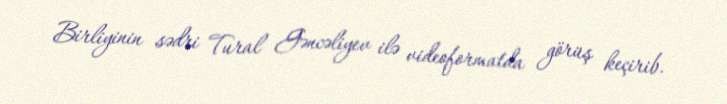
Birliyinin sədri Tural Gəncəliyev ilə videoformatda görüş keçirib.